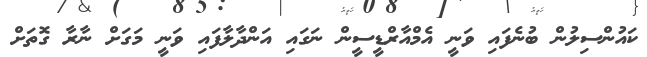
ކައުންސިލުން ބުނެފައި ވަނީ އެމްއާރްޑީސީން ނަގައި އަންދާލާފައި ވަނީ މަގަށް ނާރާ ގޮތަށް